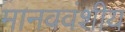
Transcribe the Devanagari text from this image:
मानववंशीय